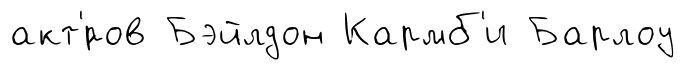
акт'́ров Бэйлдон Кармб'и Барлоу